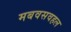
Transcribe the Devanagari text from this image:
मबवसवहल